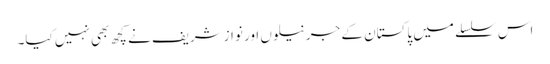
اس سلسلے میں پاکستان کے جرنیلوں اور نوازشریف نے کچھ بھی نہیں کیا۔